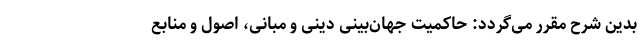
بدین شرح مقرر می‌گردد: حاکمیت جهان‌بینی دینی و مبانی، اصول و منابع